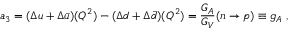
a _ { 3 } = ( \Delta u + \Delta \bar { u } ) ( Q ^ { 2 } ) - ( \Delta d + \Delta \bar { d } ) ( Q ^ { 2 } ) = { \frac { G _ { A } } { G _ { V } } } ( n \rightarrow p ) \equiv g _ { A } ~ ,